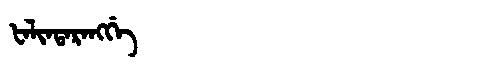
Manchu: ᡶᠠᠯᡳᠨᡨᠠᡵᠠᠩᡤᡝ
Romanization: FALINTARANGGE